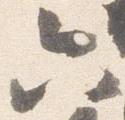
六